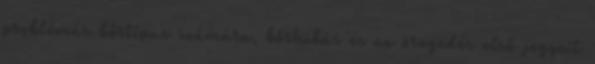
problémás bőrtípus számára, bőrhibás és az öregedés első jegyeit